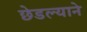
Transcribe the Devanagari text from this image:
छेडल्याने